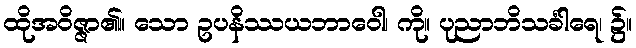
ထိုအဝိဇ္ဇာ၏။ သော ဥပနိဿယဘာဝေါ၊ ကို။ ပုညာဘိသင်္ခါရေ၊ ၌။